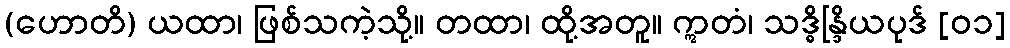
(ဟောတိ) ယထာ၊ ဖြစ်သကဲ့သို့။ တထာ၊ ထို့အတူ။ ဣတံ၊ သဒ္ဓိန္ဒြိယပုဒ် [၀၁]